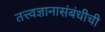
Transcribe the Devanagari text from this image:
तत्त्वज्ञानासंबंधीची